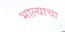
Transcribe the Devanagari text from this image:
भाल्याचा